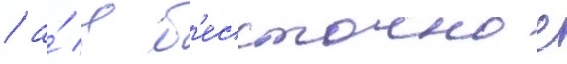
/ а́ в б'ессточное